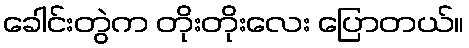
ခေါင်းတွဲက တိုးတိုးလေး ပြောတယ်။